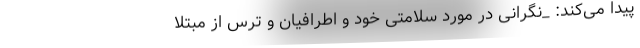
پیدا می‌کند: _نگرانی در مورد سلامتی خود و اطرافیان و ترس از مبتلا